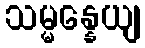
သမ္မန္နေယျ